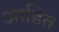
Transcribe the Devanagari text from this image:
आडित